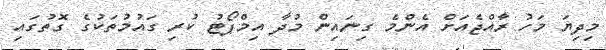
މިދިޔަ މަހު ރާއްޖެއަށް އެންމެ ގިނައިން މުދާ އިމްޕޯޓު ކުރި ގައުމުތަކުގެ ގޮތުގައި